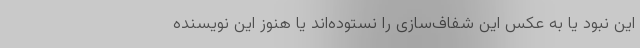
این نبود یا به عکس این شفاف‌سازی را نستوده‌اند یا هنوز این نویسنده